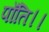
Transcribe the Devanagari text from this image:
पाँति।।